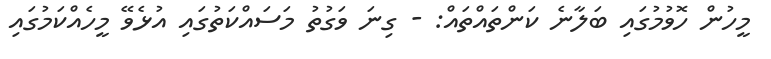
މީހުން ހޮވުމުގައި ބަލާނެ ކަންތައްތައް: - ގިނަ ވަގުތު މަސައްކަތުގައި އުޅެވޭ މީހެއްކަމުގައި